Scottish Leaving Certificate Examination, 1960
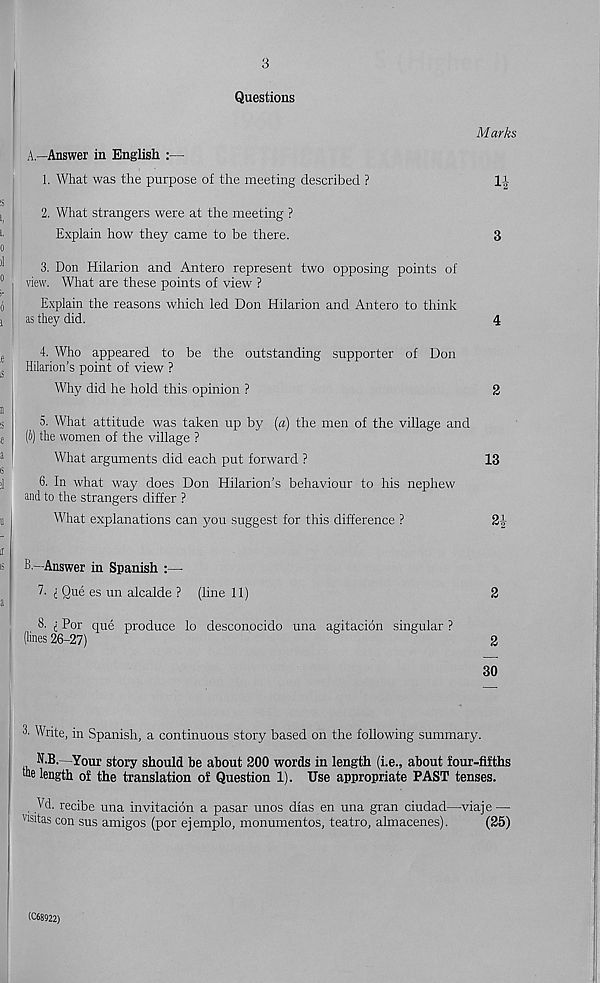
3
Questions
Marks
A.
—Answer in English :—
1. What was the purpose of the meeting described ?
IJ
2. What strangers were at the meeting ?
Explain how they came to be there.
3
3. Don Hilarion and Antero represent two opposing points of
view. What are these points of view ?
Explain the reasons which led Don Hilarion and Antero to think
as they did.
4
4. Who appeared to be the outstanding supporter of Don
Hilarion's point of view ?
Why did he hold this opinion ?
2
5. What attitude was taken up by (a) the men of the village and
(b) the women of the village ?
What arguments did each put forward ?
13
6. In what way does Don Hilarion’s behaviour to his nephew
and to the strangers differ ?
What explanations can you suggest for this difference ?
24-
B.
—Answer in Spanish :—
7. i Que es un alcalde ? (line 11)
2
8. For que produce lo desconocido una agitacion singular ?
(lines 26-27)
2
30
Write, in Spanish, a continuous story based on the following summary.
N-B. -Your story should he about 200 words in length (i.e., about four-fifths
the length of the translation of Question 1). Use appropriate PAST tenses.
Vd. recibe una invitacion a pasar unos dias en una gran ciudad—viaje —
wsitas con sus amigos (por ejemplo, monumentos, teatro, almacenes).
(25)
(C68922)